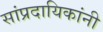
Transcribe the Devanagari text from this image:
सांप्रदायिकांनी